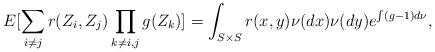
LaTeX: \begin{align*}E[\sum_{i\neq j}r(Z_i,Z_j)\prod_{k\neq i,j}g(Z_k)]=\int_{S\times S}r(x,y)\nu (dx)\nu (dy)e^{\int (g-1)d\nu},\end{align*}